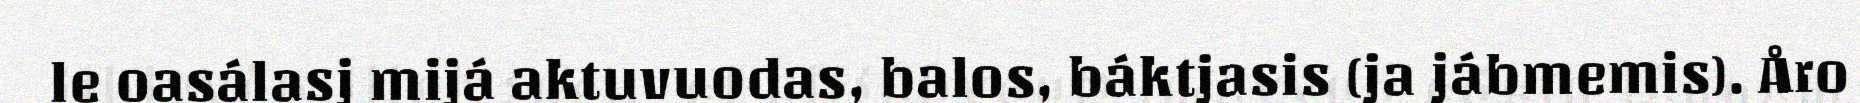
le oasálasj mijá aktuvuodas, balos, báktjasis (ja jábmemis). Åro